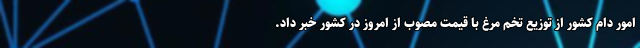
امور دام کشور از توزیع تخم مرغ با قیمت مصوب از امروز در کشور خبر داد.